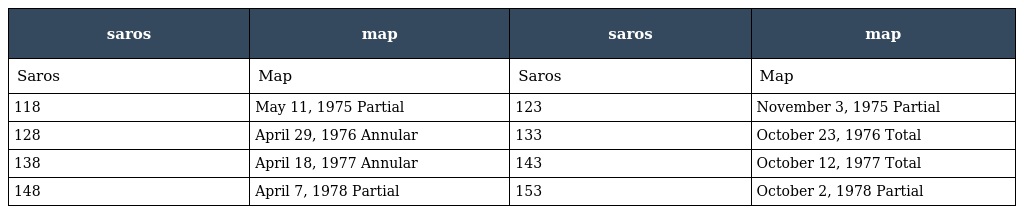
| saros | map | saros | map |
 | --- | --- | --- | --- |
 | Saros | Map | Saros | Map |
 | 118 | May 11, 1975 Partial | 123 | November 3, 1975 Partial |
 | 128 | April 29, 1976 Annular | 133 | October 23, 1976 Total |
 | 138 | April 18, 1977 Annular | 143 | October 12, 1977 Total |
 | 148 | April 7, 1978 Partial | 153 | October 2, 1978 Partial |